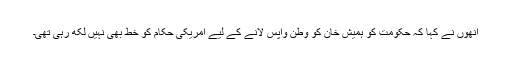
انھوں نے کہا کہ حکومت کو ہمیش خان کو وطن واپس لانے کے لیے امریکی حکام کو خط بھی نہیں لکھ رہی تھی۔